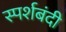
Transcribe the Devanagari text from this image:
स्पर्शबंदी